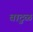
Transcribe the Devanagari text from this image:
वाटुळं